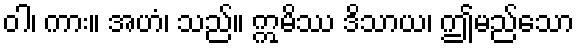
ဝါ၊ ကား။ အဟံ၊ သည်။ ဣမိဿ ဒိသာယ၊ ဤမည်သော